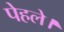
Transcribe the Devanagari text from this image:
पेहले।